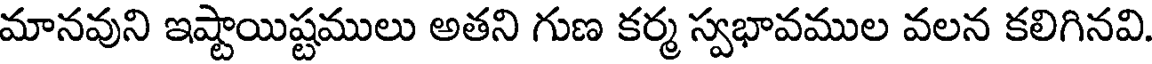
మానవుని ఇష్టాయిష్టములు అతని గుణ కర్మ స్వభావముల వలన కలిగినవి.